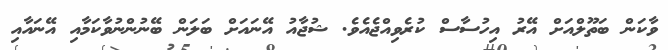
ވާކަން ބަތޫލްއަށް އޭރު އިހުސާސް ކުރެވިއްޖެއެވެ. ޝުޖާއު އޭނައަށް ބަލަން ބޭނުންނުވާކަމާއި އޭނައާއި